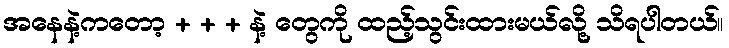
အနေနဲ့ကတော့ + + + နဲ့ တွေကို ထည့်သွင်းထားမယ်လို့ သိရပါတယ်။